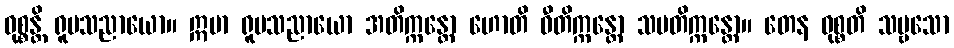
ဝုစ္စန္တိ ရူပသညာယော။ ဣမာ ရူပသညာယော အတိက္ကန္တော ဟောတိ ဝီတိက္ကန္တော သမတိက္ကန္တော။ တေန ဝုစ္စတိ သဗ္ဗသော